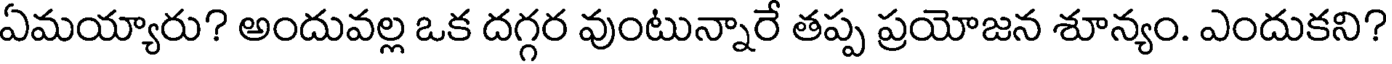
ఏమయ్యారు? అందువల్ల ఒక దగ్గర వుంటున్నారే తప్ప ప్రయోజన శూన్యం. ఎందుకని?